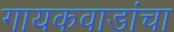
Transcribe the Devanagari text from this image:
गायकवाडांचा